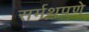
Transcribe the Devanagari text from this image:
सर्मथपणे